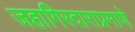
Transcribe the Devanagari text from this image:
जहागिरदाराप्रमाणे